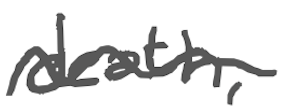
Text: death,
Cross-out: wave
Writing tool: digital_gray